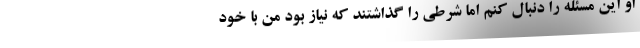
او این مسئله را دنبال کنم اما شرطی را گذاشتند که نیاز بود من با خود